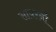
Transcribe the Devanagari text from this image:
सायरनों